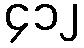
၄၁၂